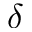
\delta